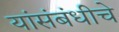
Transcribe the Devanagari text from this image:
यांसंबंधीचे